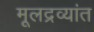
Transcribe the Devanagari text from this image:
मूलद्रव्यांत